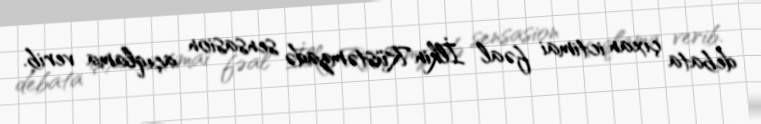
debata çıxan ictimai fəal İlkin Rüstəmzadə sensasion açıqlama verib.